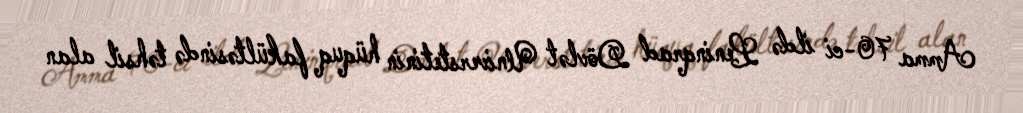
Amma 70-ci ildə Leninqrad Dövlət Universtetinin hüquq fakültəsində təhsil alan